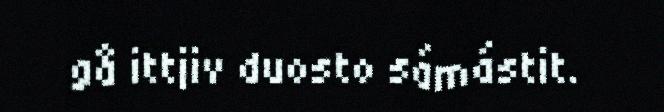
gå ittjiv duosto sámástit.